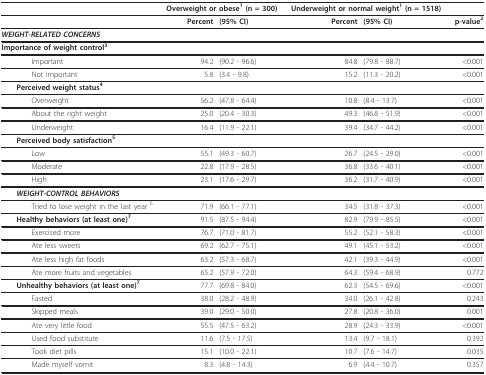
<table><thead><tr><td>[EMPTY_CELL]</td><td colspan="2"><b>Overweight or obese<sup>1 </sup>(n = 300)</b></td><td colspan="2"><b>Underweight or normal weight<sup>1 </sup>(n = 1518)</b></td><td>[EMPTY_CELL]</td></tr></thead><tbody><tr><td>[EMPTY_CELL]</td><td><b>Percent</b></td><td><b>(95% CI)</b></td><td><b>Percent</b></td><td><b>(95% CI)</b></td><td><b>p-value</b><sup><b>2</b></sup></td></tr><tr><td><b><i>WEIGHT-RELATED CONCERNS</i></b></td><td>[EMPTY_CELL]</td><td>[EMPTY_CELL]</td><td>[EMPTY_CELL]</td><td>[EMPTY_CELL]</td><td>[EMPTY_CELL]</td></tr><tr><td> <b>Importance of weight control</b><sup><b>3</b></sup></td><td>[EMPTY_CELL]</td><td>[EMPTY_CELL]</td><td>[EMPTY_CELL]</td><td>[EMPTY_CELL]</td><td>[EMPTY_CELL]</td></tr><tr><td>Important</td><td>94.2</td><td>(90.2 - 96.6)</td><td>84.8</td><td>(79.8 - 88.7)</td><td>&lt;0.001</td></tr><tr><td>Not important</td><td>5.8</td><td>(3.4 - 9.8)</td><td>15.2</td><td>(11.3 - 20.2)</td><td>&lt;0.001</td></tr><tr><td> <b>Perceived weight status</b><sup><b>4</b></sup></td><td>[EMPTY_CELL]</td><td>[EMPTY_CELL]</td><td>[EMPTY_CELL]</td><td>[EMPTY_CELL]</td><td>[EMPTY_CELL]</td></tr><tr><td>Overweight</td><td>56.2</td><td>(47.8 - 64.4)</td><td>10.8</td><td>(8.4 - 13.7)</td><td>&lt;0.001</td></tr><tr><td>About the right weight</td><td>25.0</td><td>(20.4 - 30.3)</td><td>49.3</td><td>(46.8 - 51.9)</td><td>&lt;0.001</td></tr><tr><td>Underweight</td><td>16.4</td><td>(11.9 - 22.1)</td><td>39.4</td><td>(34.7 - 44.2)</td><td>&lt;0.001</td></tr><tr><td> <b>Perceived body satisfaction</b><sup><b>5</b></sup></td><td>[EMPTY_CELL]</td><td>[EMPTY_CELL]</td><td>[EMPTY_CELL]</td><td>[EMPTY_CELL]</td><td>[EMPTY_CELL]</td></tr><tr><td>Low</td><td>55.1</td><td>(49.3 - 60.7)</td><td>26.7</td><td>(24.5 - 29.0)</td><td>&lt;0.001</td></tr><tr><td>Moderate</td><td>22.8</td><td>(17.9 - 28.5)</td><td>36.8</td><td>(33.6 - 40.1)</td><td>&lt;0.001</td></tr><tr><td>High</td><td>23.1</td><td>(17.6 - 29.7)</td><td>36.2</td><td>(31.7 - 40.9)</td><td>&lt;0.001</td></tr><tr><td> <b><i>WEIGHT-CONTROL BEHAVIORS</i></b></td><td>[EMPTY_CELL]</td><td>[EMPTY_CELL]</td><td>[EMPTY_CELL]</td><td>[EMPTY_CELL]</td><td>[EMPTY_CELL]</td></tr><tr><td>Tried to lose weight in the last year <sup>6</sup></td><td>71.9</td><td>(66.1 - 77.1)</td><td>34.5</td><td>(31.8 - 37.3)</td><td>&lt;0.001</td></tr><tr><td> <b>Healthy behaviors (at least one)</b><sup><b>7</b></sup></td><td>91.5</td><td>(87.5 - 94.4)</td><td>82.9</td><td>(79.9 - 85.5)</td><td>&lt;0.001</td></tr><tr><td>Exercised more</td><td>76.7</td><td>(71.0 - 81.7)</td><td>55.2</td><td>(52.1 - 58.3)</td><td>&lt;0.001</td></tr><tr><td>Ate less sweets</td><td>69.2</td><td>(62.7 - 75.1)</td><td>49.1</td><td>(45.1 - 53.2)</td><td>&lt;0.001</td></tr><tr><td>Ate less high fat foods</td><td>63.2</td><td>(57.3 - 68.7)</td><td>42.1</td><td>(39.3 - 44.9)</td><td>&lt;0.001</td></tr><tr><td>Ate more fruits and vegetables</td><td>65.2</td><td>(57.9 - 72.0)</td><td>64.3</td><td>(59.4 - 68.9)</td><td>0.772</td></tr><tr><td> <b>Unhealthy behaviors (at least one)</b><sup><b>7</b></sup></td><td>77.7</td><td>(69.8 - 84.0)</td><td>62.3</td><td>(54.5 - 69.6)</td><td>&lt;0.001</td></tr><tr><td>Fasted</td><td>38.0</td><td>(28.2 - 48.9)</td><td>34.0</td><td>(26.1 - 42.8)</td><td>0.243</td></tr><tr><td>Skipped meals</td><td>39.0</td><td>(29.0 - 50.0)</td><td>27.8</td><td>(20.8 - 36.0)</td><td>0.001</td></tr><tr><td>Ate very little food</td><td>55.5</td><td>(47.5 - 63.2)</td><td>28.9</td><td>(24.3 - 33.9)</td><td>&lt;0.001</td></tr><tr><td>Used food substitute</td><td>11.6</td><td>(7.5 - 17.5)</td><td>13.4</td><td>(9.7 - 18.1)</td><td>0.392</td></tr><tr><td>Took diet pills</td><td>15.1</td><td>(10.0 - 22.1)</td><td>10.7</td><td>(7.6 - 14.7)</td><td>0.035</td></tr><tr><td>Made myself vomit</td><td>8.3</td><td>(4.8 - 14.3)</td><td>6.9</td><td>(4.4 - 10.7)</td><td>0.357</td></tr></tbody></table>